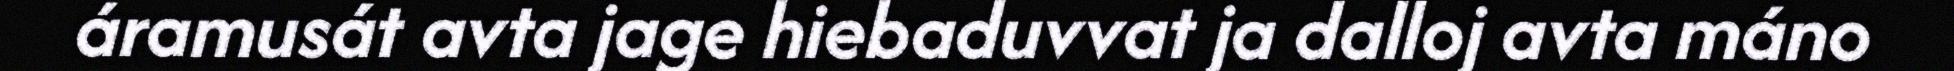
áramusát avta jage hiebaduvvat ja dalloj avta máno